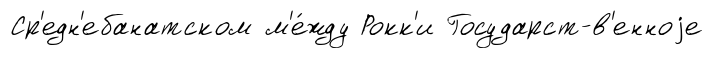
Ср'едн'ебанатском м'е́жду Рокк'и Государст-в'енноjе